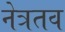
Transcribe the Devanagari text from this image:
नेत्रतव